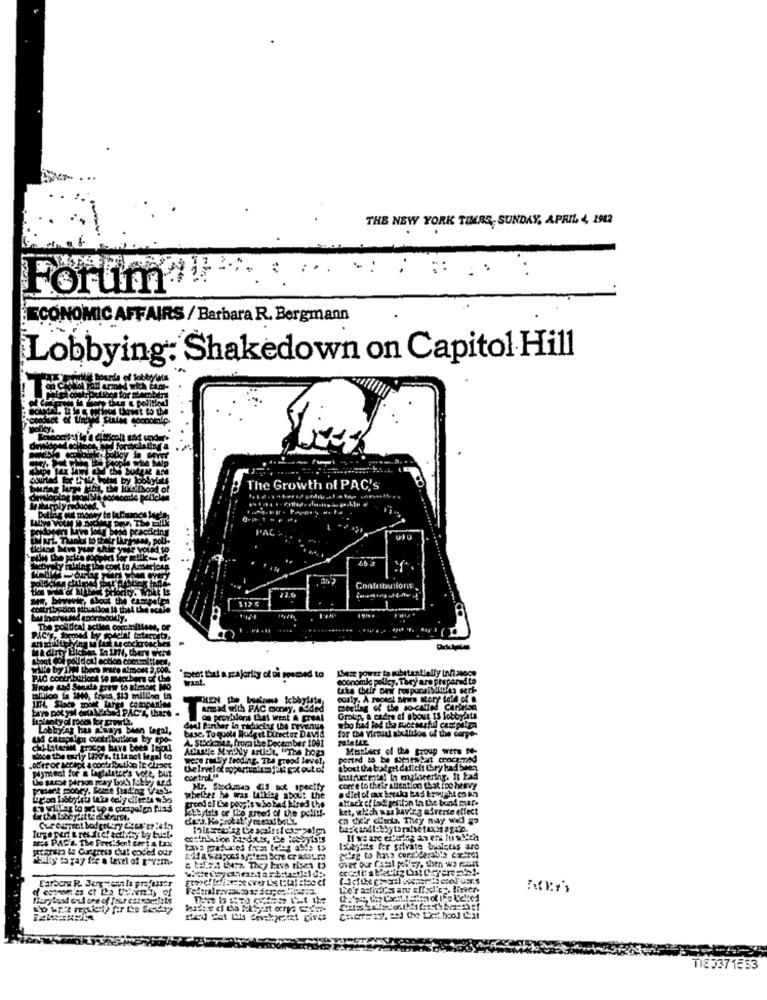
THE NEW YORK TIMES, SUNDAY, APRIL, 4, 1942
.
Forum !!
ECONOMIC AFFAIRS / Barbara R. Bergmann
Lobbying: Shakedown on Capitol Hill
The Growth of PAC's
PAL
512 5
Ly
le A dirty Elcom To Int, there were
About got polld oil] action committeeil
while by In thors mere almost 2, poo.
Sheer power to substantially inhi avoce
toent that a scajority of ui seemed to
economic policy. Tary are prepared to
Wicse and Senate grew to almost MO
THEN the busloms kbbylite
cualy. A recent Shus story told of a
meellag of the so-called Caringsa
of the
APENA With PAC money, Added
os provblons that went A great
Grain, a cadre af about 15 lobbyhts
Lobby af has Always been Legal,
basc. To quote widget Director David
dial fürther in radictyr the revenus
who had lod tha sucesrfid caspelen
ud cataplien contributions by spo-
A. Stockman, from the December 1991
ciLlstein prices have been Iegul
Aumulte Monthly artiot, "The hops
Mustbees of the group wers f-
doce the early Wand's. It is not legal to
were really froding. The greod level,
ported to be somewhat coca-Tad
plyment for a laplatator's vore, but
about Us berget dafiel Chry had been
to parse person Tray Dols Tobby ard
cor trel.""
priant money. Soire fuld,nz Vasse
coer e to their attention that too heavy
whether he was Willing about the
trond ef Lse people who had Mred the
Mack ef Lod gestion in the bund mar-
ket, which was having afrente effect
Curespent bodpelery C'est'er :afp
mes PACH. The President sert a Lax
praraz le Custress cut ended our
Ibride for private business ard
a tales Lurz. They havs rises t3
Earbor R. Jerzyen la professer
201121174517
TIE5371353